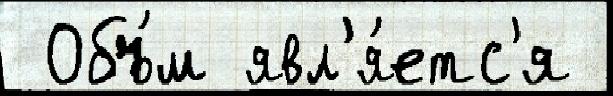
 Объ́м явл'я́етс'я